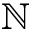
\mathbb { N }